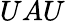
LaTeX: UAU